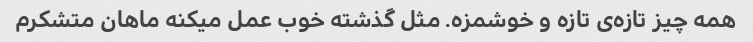
همه چیز تازه‌ی تازه و خوشمزه. مثل گذشته خوب عمل میکنه ماهان متشکرم